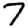
Digit: 7